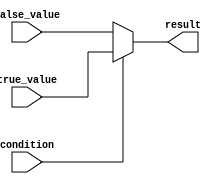
module if_else_statement (
    input wire condition,
    input wire [7:0] true_value,
    input wire [7:0] false_value,
    output wire [7:0] result
);

    assign result = condition ? true_value : false_value;

endmodule